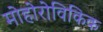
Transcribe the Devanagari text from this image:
मोहोरोविकिक